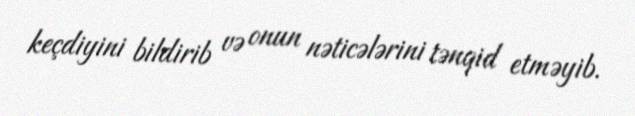
keçdiyini bildirib və onun nəticələrini tənqid etməyib.